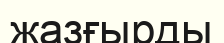
жазғырды